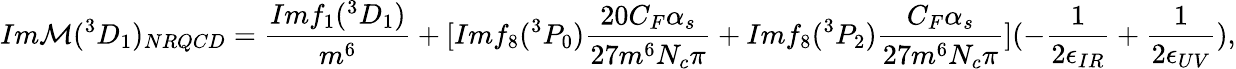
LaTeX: Im{\cal M}(^{3}D_{1})_{NRQCD}=\frac{Imf_{1}(^{3}D_{1})}{m^{6}}+[Imf_{8}(^{3}P_{0})\frac{20C_{F}\alpha_{s}}{27m^{6}N_{c}\pi}+Imf_{8}(^{3}P_{2})\frac{C_{F}\alpha_{s}}{27m^{6}N_{c}\pi}](-\frac{1}{2\epsilon_{IR}}+\frac{1}{2\epsilon_{UV}}),